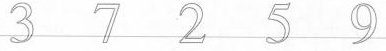
3 7 2 5 9